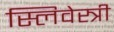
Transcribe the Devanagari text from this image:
स्लिवेस्त्री